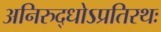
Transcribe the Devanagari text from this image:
अनिरुद्धोऽप्रतिरथः